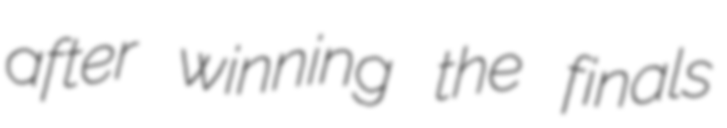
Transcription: after winning the finals